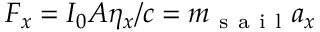
F _ { x } = I _ { 0 } A \eta _ { x } / c = m _ { \mathrm { ~ s ~ a ~ i ~ l ~ } } a _ { x }